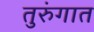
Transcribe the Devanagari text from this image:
तुरुंंगात